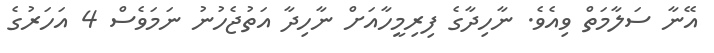
އޭނާ ސަލާމަތް ވިއެވެ. ނާހިދާގެ ފިރިމީހާއަށް ނާހިދާ އަތުޖެހުނު ނަމަވެސް 4 އަހަރުގެ